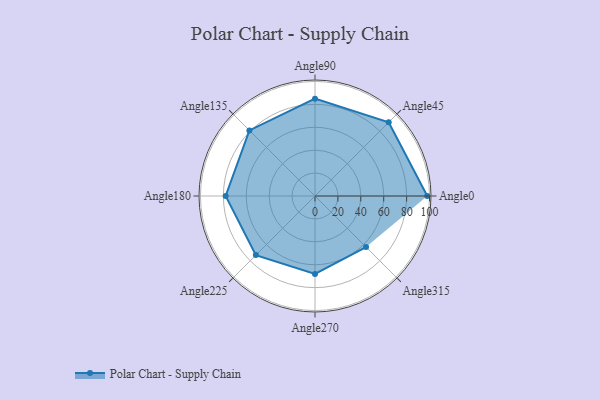
{"axis": {"x": "Angle", "y": "Radius"}, "legend": [""], "data": [{"x": "Angle0", "y": 98.0, "type": ""}, {"x": "Angle45", "y": 91.0, "type": ""}, {"x": "Angle90", "y": 85.0, "type": ""}, {"x": "Angle135", "y": 81.0, "type": ""}, {"x": "Angle180", "y": 78.0, "type": ""}, {"x": "Angle225", "y": 73.0, "type": ""}, {"x": "Angle270", "y": 68.0, "type": ""}, {"x": "Angle315", "y": 63.0, "type": ""}]}